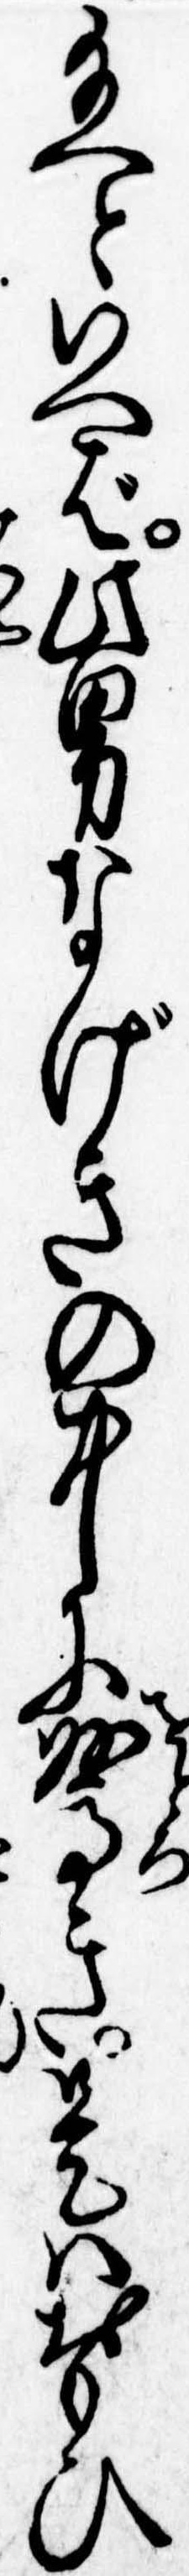
給へといへば此男なげきの中に驚き是はおもひ